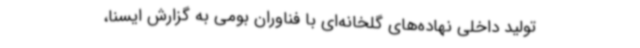
تولید داخلی نهاده‌های گلخانه‌ای با فناوران بومی به گزارش ایسنا،‌